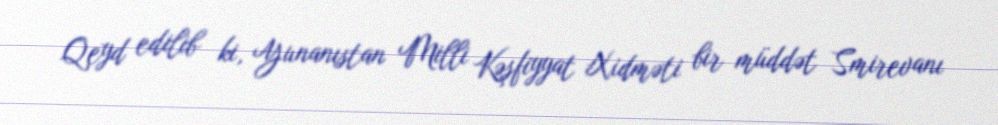
Qeyd edilib ki, Yunanıstan Milli Kəşfiyyat Xidməti bir müddət Smirevanı